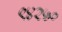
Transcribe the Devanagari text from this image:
९४२५०